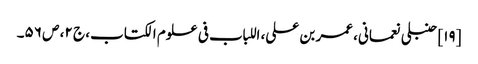
[۱۹] حنبلی نعمانی، عمر بن علی، اللباب فی علوم الکتاب، ج ۲، ص ۵۶۔